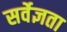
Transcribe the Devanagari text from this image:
सर्वेज्ञता